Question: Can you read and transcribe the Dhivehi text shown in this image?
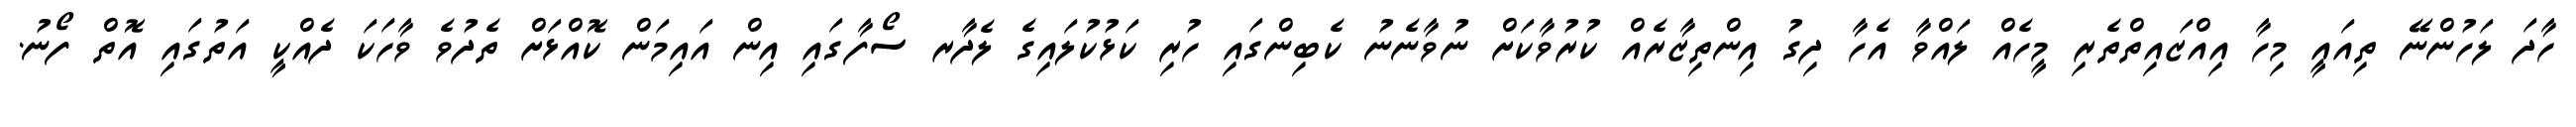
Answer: ހާދަ ލަހުންނޭ ތިއައީ މިހާ އިއްޒައިތްތެރި މީހެއް ލައްވާ އެހާ ދިގު އިންތިޒާރެއް ކުރުވާކަށް ނުވާނެނު ކެބިންގައި ހުރި ކަޅުކުލައިގެ ލެދާރ ސޯފާގައި އިން އައިމަން ކޮއްޅަށް ތެދުވެ ވާހަކަ ދެއްކީ އަތުގައި އޮތް ފޯނު.